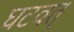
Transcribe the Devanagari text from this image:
घटवत्